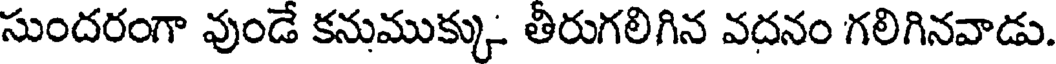
సుందరంగా వుండే కనుముక్కు తీరుగలిగిన వదనం గలిగినవాడు.